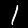
Label: 1